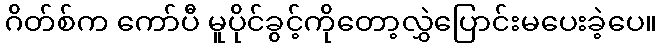
ဂိတ်စ်က ကော်ပီ မူပိုင်ခွင့်ကိုတော့လွှဲပြောင်းမပေးခဲ့ပေ။